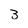
Character: 3